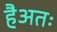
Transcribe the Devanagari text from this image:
हैअतः